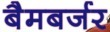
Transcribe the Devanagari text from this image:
बैमबर्जर